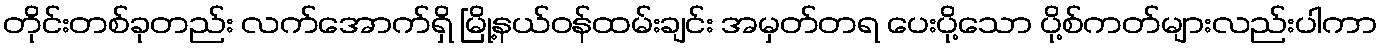
တိုင်းတစ်ခုတည်း လက်အောက်ရှိ မြို့နယ်ဝန်ထမ်းချင်း အမှတ်တရ ပေးပို့သော ပို့စ်ကတ်များလည်းပါကာ